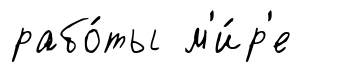
рабо́ты м'и́р'е